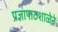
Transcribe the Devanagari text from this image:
प्रज्ञापाठशाळेने